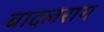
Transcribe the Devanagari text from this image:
बादलराग